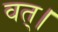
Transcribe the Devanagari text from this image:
वत्।